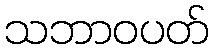
သဘာဝပတ်